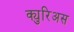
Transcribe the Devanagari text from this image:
क्युरिअस